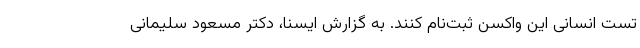
تست انسانی این واکسن ثبت‌نام کنند. به گزارش ایسنا، دکتر مسعود سلیمانی